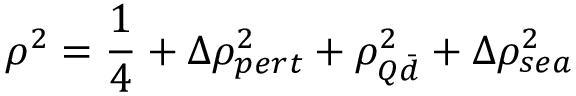
\rho ^ { 2 } = { \frac { 1 } { 4 } } + \Delta \rho _ { p e r t } ^ { 2 } + \rho _ { Q \bar { d } } ^ { 2 } + \Delta \rho _ { s e a } ^ { 2 }